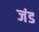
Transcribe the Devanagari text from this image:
जंड